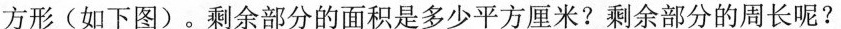
方形(如下图)。剩余部分的面积是多少平方厘米?剩余部分的周长呢?